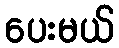
ပေးမယ်